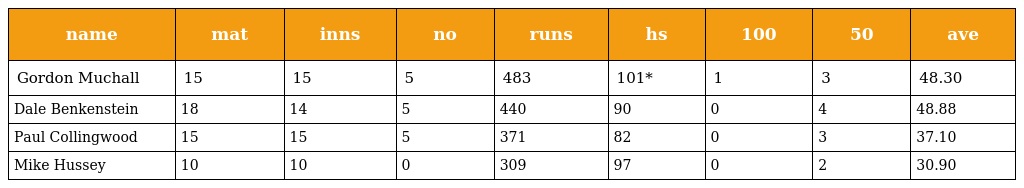
| name | mat | inns | no | runs | hs | 100 | 50 | ave |
 | --- | --- | --- | --- | --- | --- | --- | --- | --- |
 | Gordon Muchall | 15 | 15 | 5 | 483 | 101* | 1 | 3 | 48.30 |
 | Dale Benkenstein | 18 | 14 | 5 | 440 | 90 | 0 | 4 | 48.88 |
 | Paul Collingwood | 15 | 15 | 5 | 371 | 82 | 0 | 3 | 37.10 |
 | Mike Hussey | 10 | 10 | 0 | 309 | 97 | 0 | 2 | 30.90 |